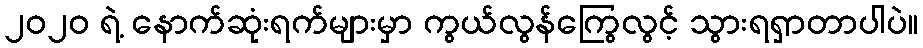
၂၀၂၀ ရဲ့ နောက်ဆုံးရက်များမှာ ကွယ်လွန်ကြွေလွင့် သွားရရှာတာပါပဲ။